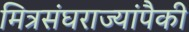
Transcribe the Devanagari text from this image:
मित्रसंघराज्यांपैकी